Report on malaria in the Punjab during the year ...  together with an account of the work of the Punjab Malaria Bureau - Volume 4
Disease focus: Malaria
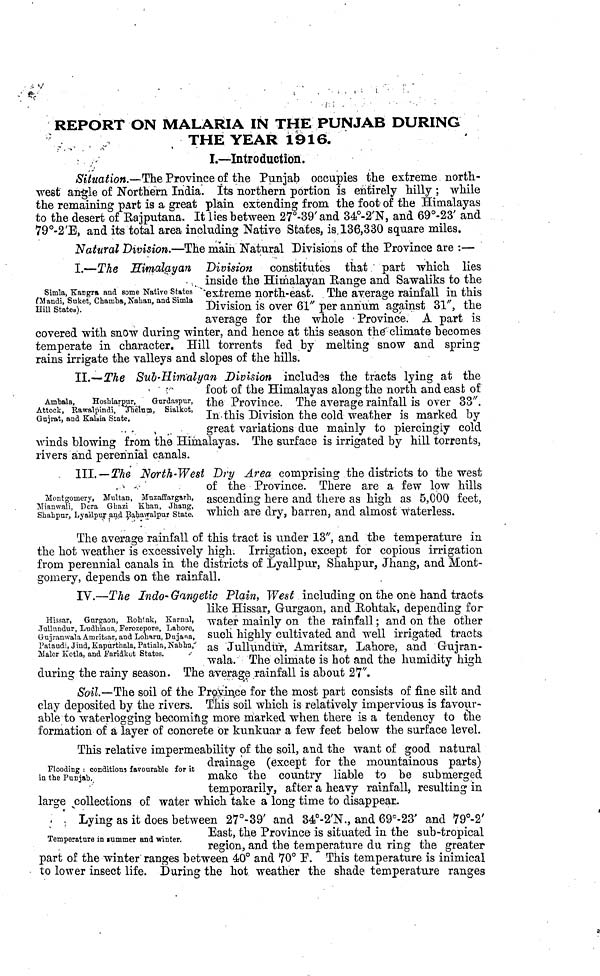
REPORT ON MALARIA IN THE PUNJAB DURING
THE YEAR 1916.
I.—Introduction.
Situation.—The Province of the Punjab occupies the extreme north-
west angle of Northern India. Its northern portion is entirely hilly ; while
the remaining part is a great plain extending from the foot of the Himalayas
to the desert of Rajputana. It lies between 27°-39' and 34°-2'N, and 69°-23' and
79°-2'E, and its total area including Native States, is 136,330 square miles.
Natural Division.—The main Natural Divisions of the Province are :—
Simla, Kangra and some Native States
(Mandi, Suket, Chamba, Naban, and Simla
Hill States).
I.—The Himalayan "Division constitutes that part which lies
inside the Himalayan Range and Sawaliks to the
extreme north-east. The average rainfall in this
Division is over 61" per annum against 31", the
average for the whole Province. A part is
covered with snow during winter, and hence at this season thé climate becomes
temperate in character. Hill torrents fed by melting snow and spring
rains irrigate the valleys and slopes of the hills.
Ambala,
Hoshiarpur,
Gurdaspur,
Attock, Rawalpindi, Jhelum, Sialkot,
Gujrat, and Kalsia State.
II.—The Sub-Himaliyan Division includes the tracts lying at the
foot of the Himalayas along the north and east of
the Province. The average rainfall is over 33".
In this Division the cold weather is marked by
great variations due mainly to piercingly cold
winds blowing from the Himalayas. The surface is irrigated by hill torrents,
rivers and perennial canals.
Montgomery, Multan, Muzaffargarh,
Mianwali, Pera Ghazi Khan, Jhang,
Shahpur, Lyallpur and Bahawalpur State.
III. — The North-West Dry Area comprising the districts to the west
of the Province. There are a few low hills
ascending here and there as high as 5,000 feet,
which are dry, barren, and almost waterless.
The average rainfall of this tract is under 13", and the temperature in
the hot weather is excessively high. Irrigation, except for copious irrigation
from perennial canals in the districts of Lyallpur, Shahpur, Jhang, and Mont-
gomery, depends on the rainfall.
Hissar, Gnrgaon, Rohtak, Karnal,
Jallandar, Ludhiana, Ferozepore, Lahore,
Gujranwala Amritsar, and Loharu, Dujana,
Pataudi, Jind, Kapurthala, Patiala, Nabha,
Maler Kotla, and Faridkot States.
IV.—The Indo-Gangetic Plain, West including on the one hand tracts
like Hissar, Gurgaon, and Rohtak, depending for-
mater mainly on the rainfall ; and on the other
such highly cultivated and well irrigated tracts
as Jallandar, Amritsar, Lahore, and Gujran-
wala. The climate is hot find the humidity high
during the rainy season. The average rainfall is about 27".
Soil.—The soil of the Province for the most part consists of fine silt and
clay deposited by the rivers. This soil which is relatively impervious is favour-
able to waterlogging becoming more marked when there is a tendency to the
formation of a layer of concrete or kunkuar a few feet below the surface level.
Flooding : conditions favourable for it
in the Punjab.
This relative impermeability of the soil, and the want of good natural
drainage (except tor the mountainous parts)
make the country liable to be submerged
temporarily, after a heavy rainfall, resulting in
large collections of water which take a long time to disappear.
Temperature in summer and winter.
Lying as it does between 27°-39' and 34°-2'N and 69°-23' and 79°-2'
East, the Province is situated m the sub-tropical
region, and the temperature during the greater
part of the winter ranges between 40° and 70° F. This temperature is inimical
to lower insect life. During the hot weather the shade temperature ranges